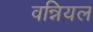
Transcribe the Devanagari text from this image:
वन्नियल